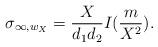
LaTeX: \begin{align*}\sigma_{\infty,w_X}= \frac{X}{d_1d_2}I(\frac{m}{X^2}).\end{align*}